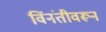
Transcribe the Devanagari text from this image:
विंनंतीवरून